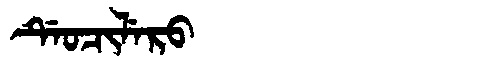
Manchu: ᡩᡝᠣᠴᡳᠯᡝᡵᠣ
Romanization: DEOCILERO